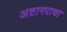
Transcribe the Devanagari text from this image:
अष्टागराचा